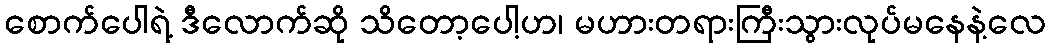
စောက်ပေါရဲ့ ဒီလောက်ဆို သိတော့ပေါ့ဟ၊ မဟားတရားကြီးသွားလုပ်မနေနဲ့လေ